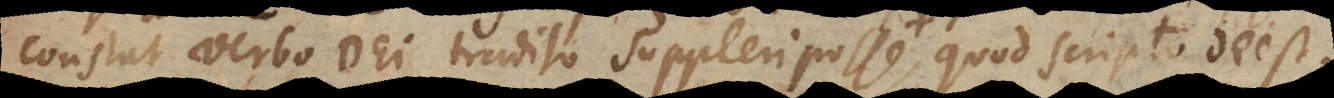
constat verbo Dei tradito suppleri posse quod scripto deest.